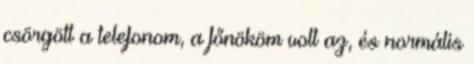
csörgött a telefonom, a főnököm volt az, és normális